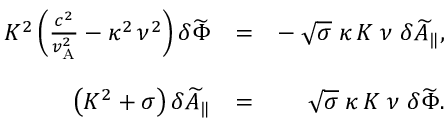
\begin{array} { r l r } { K ^ { 2 } \left( \frac { c ^ { 2 } } { v _ { \mathrm { A } } ^ { 2 } } - \kappa ^ { 2 } \, \nu ^ { 2 } \right) \delta \widetilde { \Phi } } & { = } & { - \; \sqrt { \sigma } \; \kappa \, K \; \nu \; \delta \widetilde { A } _ { \| } , } \\ & { } & \\ { \left( K ^ { 2 } + \sigma \right) \delta \widetilde { A } _ { \| } } & { = } & { \sqrt { \sigma } \; \kappa \, K \; \nu \; \delta \widetilde { \Phi } . } \end{array}